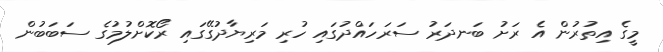
މީގެ އިތުރުން އެ ރަށު ބަނދަރު ސަރަހައްދުގައި ހުރި މަރިޔާދުގޭގައި ރޯކޮށްލުމުގެ ސަބަބުން